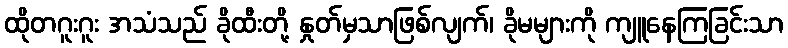
ထိုတဂူးဂူး အသံသည် ခိုထီးတို့ နှုတ်မှသာဖြစ်လျက်၊ ခိုမများကို ကျူနေကြခြင်းသာ